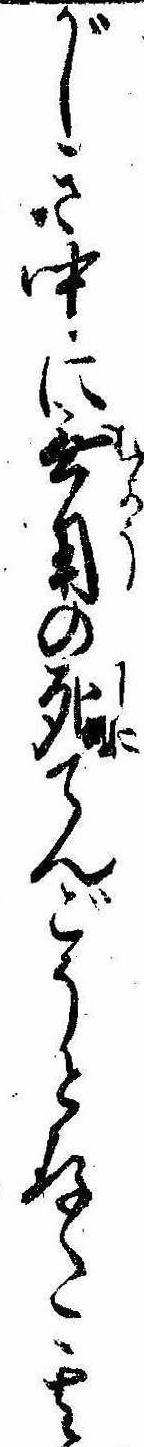
がしき中に無用の死てんごうと存た其